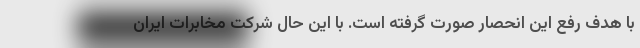
با هدف رفع این انحصار صورت گرفته است. با این حال شرکت مخابرات ایران